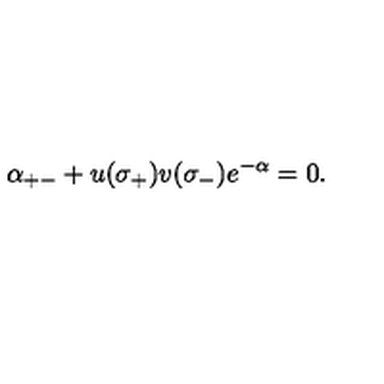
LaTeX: \alpha _ { + - } + u ( \sigma _ { + } ) v ( \sigma _ { - } ) e ^ { - \alpha } = 0 .